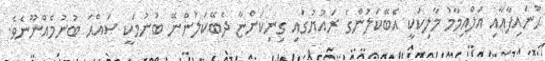
ޙުނައިފާއާއި އަލްއިމާމު މާލިކަކީ އެބޭކަލުންގެ ރައުޔުގައި ގިނިކަންޏާ ދެބޭކަލުންނޭ ބުނުމަކީ ޞައްޙަ ބުނުމެއްނޫނެވެ.